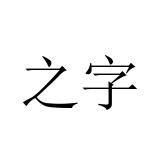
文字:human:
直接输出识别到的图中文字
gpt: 之字